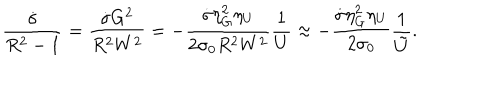
\frac { \dot { \sigma } } { R ^ { 2 } - 1 } = \frac { \dot { \sigma } G ^ { 2 } } { R ^ { 2 } W ^ { 2 } } = - \frac { \dot { \sigma } \eta _ { G } ^ { 2 } \eta _ { U } } { 2 \sigma _ { 0 } R ^ { 2 } W ^ { 2 } } \frac { 1 } { U } \approx - \frac { \dot { \sigma } \eta _ { G } ^ { 2 } \eta _ { U } } { 2 \sigma _ { 0 } } \frac { 1 } { \tilde { U } } .